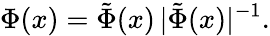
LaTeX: \Phi(x)={\tilde{\Phi}(x)}\, {|\tilde{\Phi}(x)|^{-1}}.